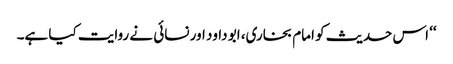
‘‘ اس حدیث کو امام بخاری، ابو داود اور نسائی نے روایت کیا ہے۔